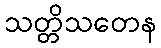
သတ္တိသတေန